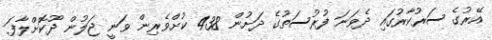
އޭރުގެ ސަރުކާރުގައި ދެވަނަ ފުރުސަތުގެ ދަށުން 438 ކުށްވެރިން ވަނީ ޖަލުން ދޫކޮށްލާފަ